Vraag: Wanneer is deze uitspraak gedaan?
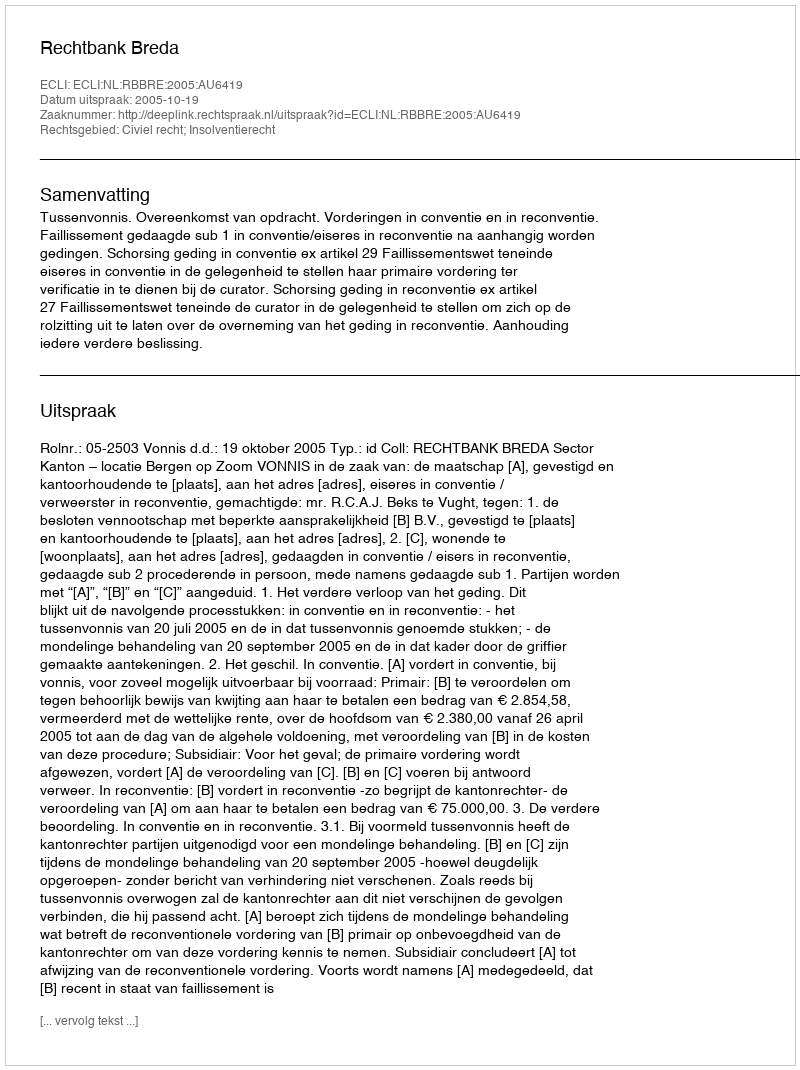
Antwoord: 2005-10-19